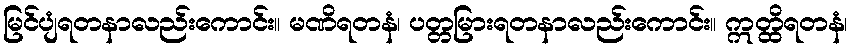
မြင်ပျံရတနာလည်းကောင်း။ မဏိရတနံ၊ ပတ္တမြားရတနာလည်းကောင်း။ ဣတ္ထိရတနံ၊